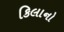
કિલાનો